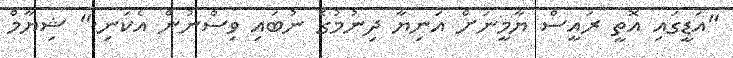
"އަޑީގައި އޮތީ ރައީސް ޔާމީނަށް އަނިޔާ ދިނުމުގެ ނުބައި ވިސްނުން އެކަނި." ޝިޔާމް